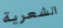
الشعرية